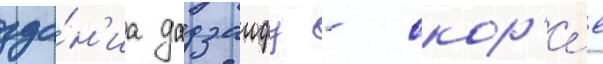
зда́н'иа дадзаифу - скор'е́е